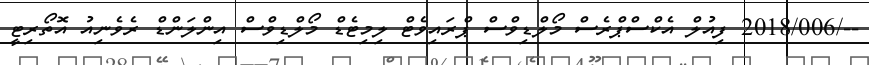
--/2018/006 ފިއުލް އެކްސްޕްރެސް މޯލްޑިވްސް ޕްރައިވެޓް ލިމިޓެޑް މޯލްޑިވްސް އިންލަންޑް ރެވެނިއު އޮތޯރިޓީ